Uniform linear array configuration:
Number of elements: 32
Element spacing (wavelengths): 0.25
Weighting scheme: cosine
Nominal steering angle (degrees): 60
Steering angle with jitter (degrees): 58.73
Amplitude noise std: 0.05
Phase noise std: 0.05

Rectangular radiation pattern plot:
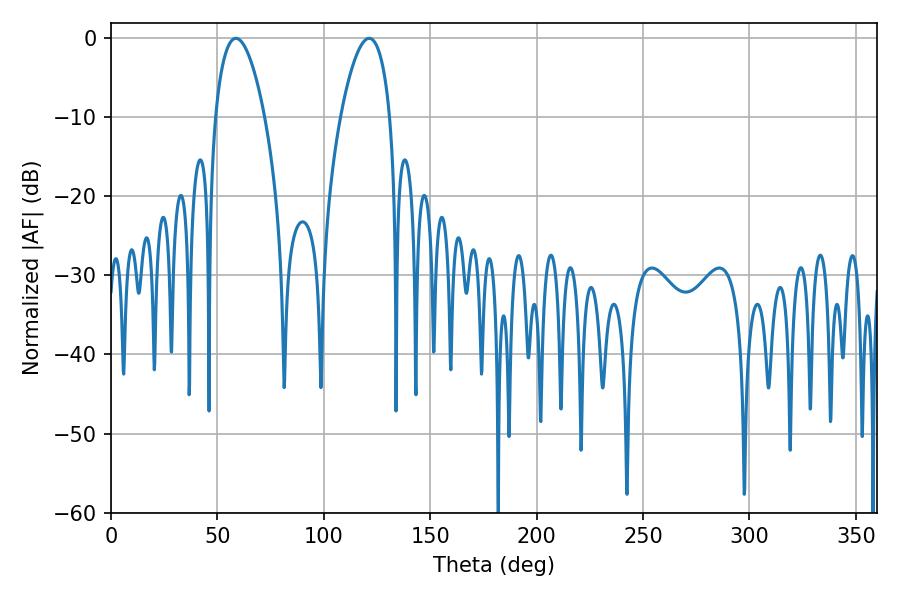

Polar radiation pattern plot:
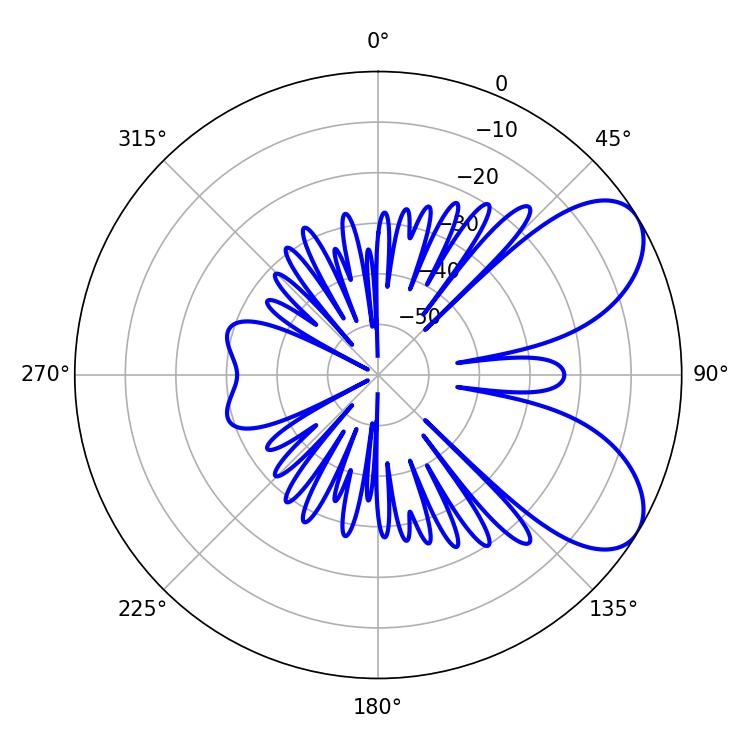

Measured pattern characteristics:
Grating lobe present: FALSE
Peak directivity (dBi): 6.824
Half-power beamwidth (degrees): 12.78
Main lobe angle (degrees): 58.68